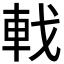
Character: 𫏳